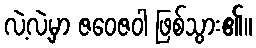
လဲ့လဲ့မှာ ဇဝေဇဝါ ဖြစ်သွား၏။